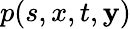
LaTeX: p(s,x,t,\mathbf{y})